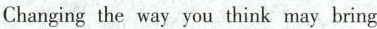
Changing the way you think may bring